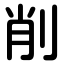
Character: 削